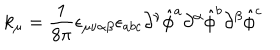
k _ { \mu } = { \frac { 1 } { 8 \pi } } \epsilon _ { \mu \nu \alpha \beta } \epsilon _ { a b c } \partial ^ { \nu } { \hat { \phi } } ^ { a } \partial ^ { \alpha } { \hat { \phi } } ^ { b } \partial ^ { \beta } { \hat { \phi } } ^ { c }